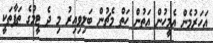
އަހަރުމެން އެމީހުން އަތުން ހަތް މެޗުން ބަލިވިއިރު މި ދެ ޓީމުގެ ތަފާތަކީ